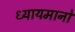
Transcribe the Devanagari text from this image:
ध्यायमानो